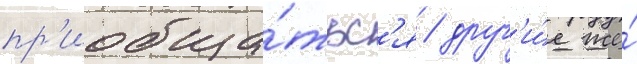
пр'иобща́тьс'я / друг'и́е же́